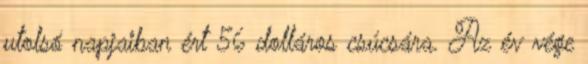
utolsó napjaiban ért 56 dolláros csúcsára. Az év vége